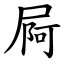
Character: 屙